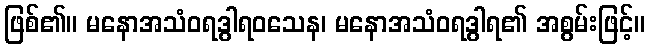
ဖြစ်၏။ မနောအသံဝရဒွါရဝသေန၊ မနောအသံဝရဒွါရ၏ အစွမ်းဖြင့်။